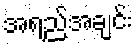
အရည်အချင်း